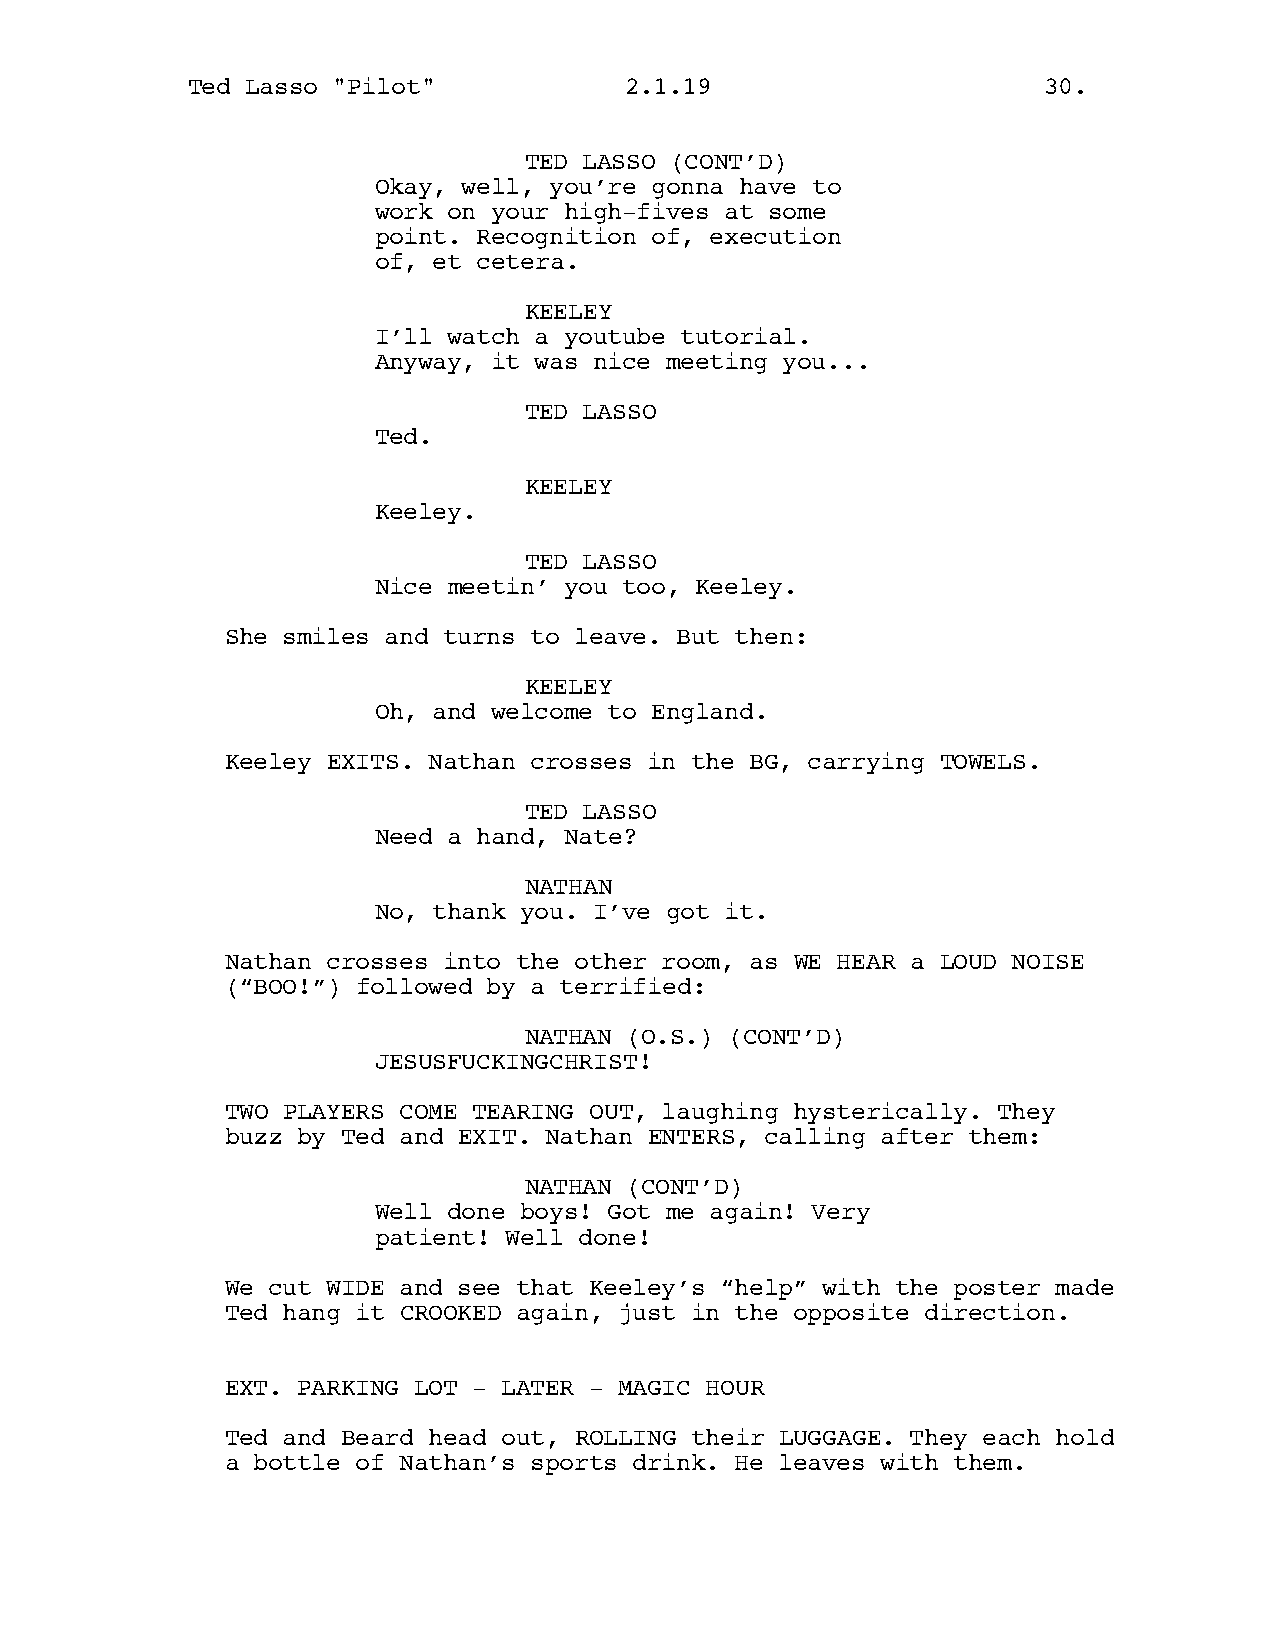
Ted Lasso "Pilot"            2.1.19                      30.
 TED LASSO (CONT’D)
 Okay, well, you’re gonna have to
 work on your high-fives at some
 point. Recognition of, execution
 of, et cetera.
 KEELEY
 I’ll watch a youtube tutorial.
 Anyway, it was nice meeting you...
 TED LASSO
 Ted.
 KEELEY
 Keeley.
 TED LASSO
 Nice meetin’ you too, Keeley.
 She smiles and turns to leave. But then:
 KEELEY
 Oh, and welcome to England.
 Keeley EXITS. Nathan crosses in the BG, carrying TOWELS.
 TED LASSO
 Need a hand, Nate?
 NATHAN
 No, thank you. I’ve got it.
 Nathan crosses into the other room, as WE HEAR a LOUD NOISE
 (“BOO!”) followed by a terrified:
 NATHAN (O.S.) (CONT’D)
 JESUSFUCKINGCHRIST!
 TWO PLAYERS COME TEARING OUT, laughing hysterically. They
 buzz by Ted and EXIT. Nathan ENTERS, calling after them:
 NATHAN (CONT’D)
 Well done boys! Got me again! Very
 patient! Well done!
 We cut WIDE and see that Keeley’s “help” with the poster made
 Ted hang it CROOKED again, just in the opposite direction.
 EXT. PARKING LOT - LATER - MAGIC HOUR
 Ted and Beard head out, ROLLING their LUGGAGE. They each hold
 a bottle of Nathan’s sports drink. He leaves with them.